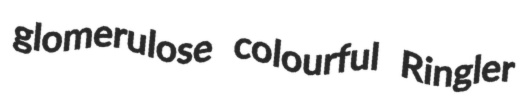
glomerulose colourful Ringler